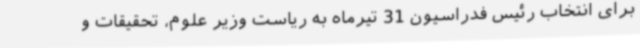
برای انتخاب رئیس فدراسیون 31 تیرماه به ریاست وزیر علوم، تحقیقات و